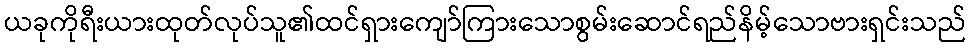
ယခုကိုရီးယားထုတ်လုပ်သူ၏ထင်ရှားကျော်ကြားသောစွမ်းဆောင်ရည်နိမ့်သောဗားရှင်းသည်